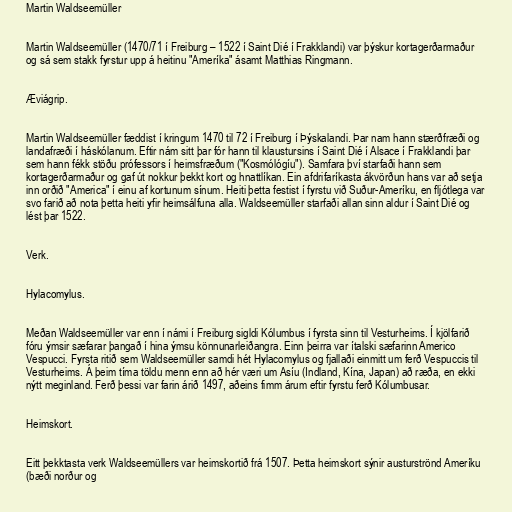
Martin Waldseemüller

Martin Waldseemüller (1470/71 í Freiburg – 1522 í Saint Dié í Frakklandi) var þýskur kortagerðarmaður
og sá sem stakk fyrstur upp á heitinu "Ameríka" ásamt Matthias Ringmann.

Æviágrip.

Martin Waldseemüller fæddist í kringum 1470 til 72 í Freiburg í Þýskalandi. Þar nam hann stærðfræði og
landafræði í háskólanum. Eftir nám sitt þar fór hann til klaustursins í Saint Dié í Alsace í Frakklandi þar
sem hann fékk stöðu prófessors í heimsfræðum ("Kosmólógíu"). Samfara því starfaði hann sem
kortagerðarmaður og gaf út nokkur þekkt kort og hnattlíkan. Ein afdrifaríkasta ákvörðun hans var að setja
inn orðið "America" í einu af kortunum sínum. Heiti þetta festist í fyrstu við Suður-Ameríku, en fljótlega var
svo farið að nota þetta heiti yfir heimsálfuna alla. Waldseemüller starfaði allan sinn aldur í Saint Dié og
lést þar 1522.

Verk.

Hylacomylus.

Meðan Waldseemüller var enn í námi í Freiburg sigldi Kólumbus í fyrsta sinn til Vesturheims. Í kjölfarið
fóru ýmsir sæfarar þangað í hina ýmsu könnunarleiðangra. Einn þeirra var ítalski sæfarinn Americo
Vespucci. Fyrsta ritið sem Waldseemüller samdi hét Hylacomylus og fjallaði einmitt um ferð Vespuccis til
Vesturheims. Á þeim tíma töldu menn enn að hér væri um Asíu (Indland, Kína, Japan) að ræða, en ekki
nýtt meginland. Ferð þessi var farin árið 1497, aðeins fimm árum eftir fyrstu ferð Kólumbusar.

Heimskort.

Eitt þekktasta verk Waldseemüllers var heimskortið frá 1507. Þetta heimskort sýnir austurströnd Ameríku
(bæði norður og